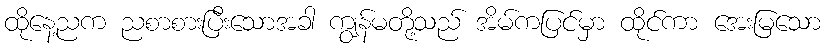
ထိုနေ့ညက ညစာစားပြီးသောအခါ ကျွန်မတို့သည် အိမ်ကပြင်မှာ ထိုင်ကာ အေးမြသော